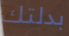
بدلتك